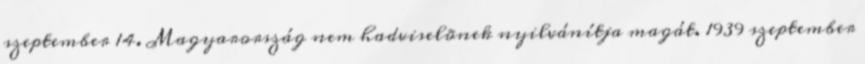
szeptember 14. Magyarország nem hadviselõnek nyilvánítja magát. 1939 szeptember